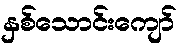
နှစ်သောင်းကျော်